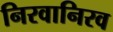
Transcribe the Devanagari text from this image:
निरवानिरव